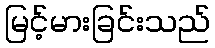
မြင့်မားခြင်းသည်